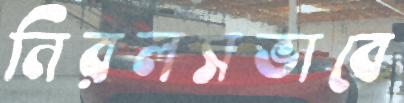
নিরলসভাবে